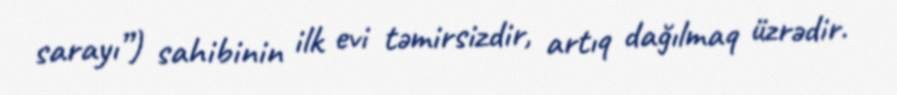
sarayı”) sahibinin ilk evi təmirsizdir, artıq dağılmaq üzrədir.